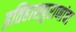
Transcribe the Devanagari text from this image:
इतिहासपुराणांचा